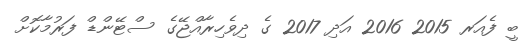
ބީ ފެއަރ 2015 2016 އަދި 2017 ގެ ދިވެހިރާއްޖޭގެ ސްޓޭންޑް ފަރުމާކޮށް